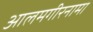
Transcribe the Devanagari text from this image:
आलमगीरनामा